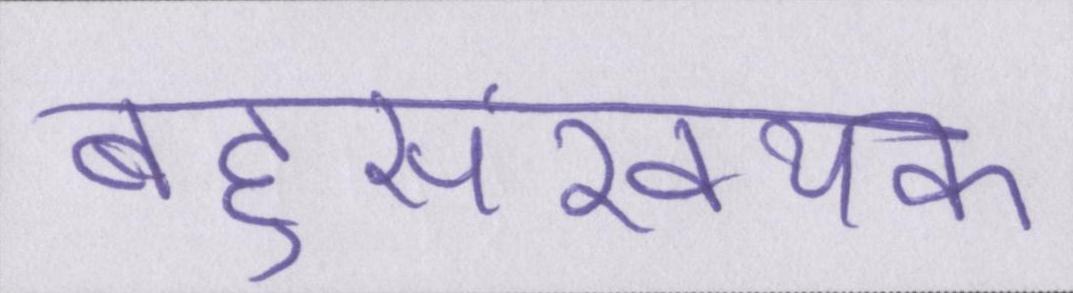
बहुसंख्यक